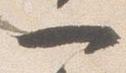
一